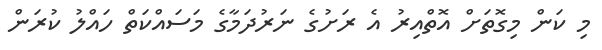
މި ކަން މިގޮތަށް އޮތްއިރު އެ ރަށުގެ ނަރުދަމާގެ މަސައްކަތް ހައްލު ކުރަން